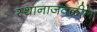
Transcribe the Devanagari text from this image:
स्थानाजवळील